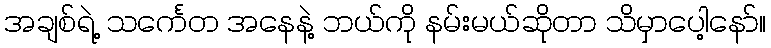
အချစ်ရဲ့ သင်္ကေတ အနေနဲ့ ဘယ်ကို နမ်းမယ်ဆိုတာ သိမှာပေါ့နော်။